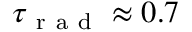
\tau _ { \mathrm { ~ r ~ a ~ d ~ } } \approx 0 . 7